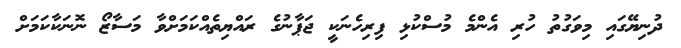
ދުނިޔޭގައި މިވަގުތު ހުރި އެންމެ މުސްކުޅި ފިރިހެނަކީ ޖަޕާނުގެ ރައްޔިތެއްކަމަށްވާ މަސާޒޯ ނޮނަކާކަމަށް